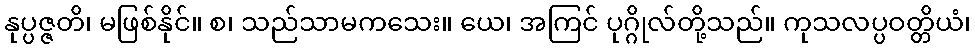
နုပ္ပဇ္ဇတိ၊ မဖြစ်နိုင်။ စ၊ သည်သာမကသေး။ ယေ၊ အကြင် ပုဂ္ဂိုလ်တို့သည်။ ကုသလပ္ပဝတ္တိယံ၊